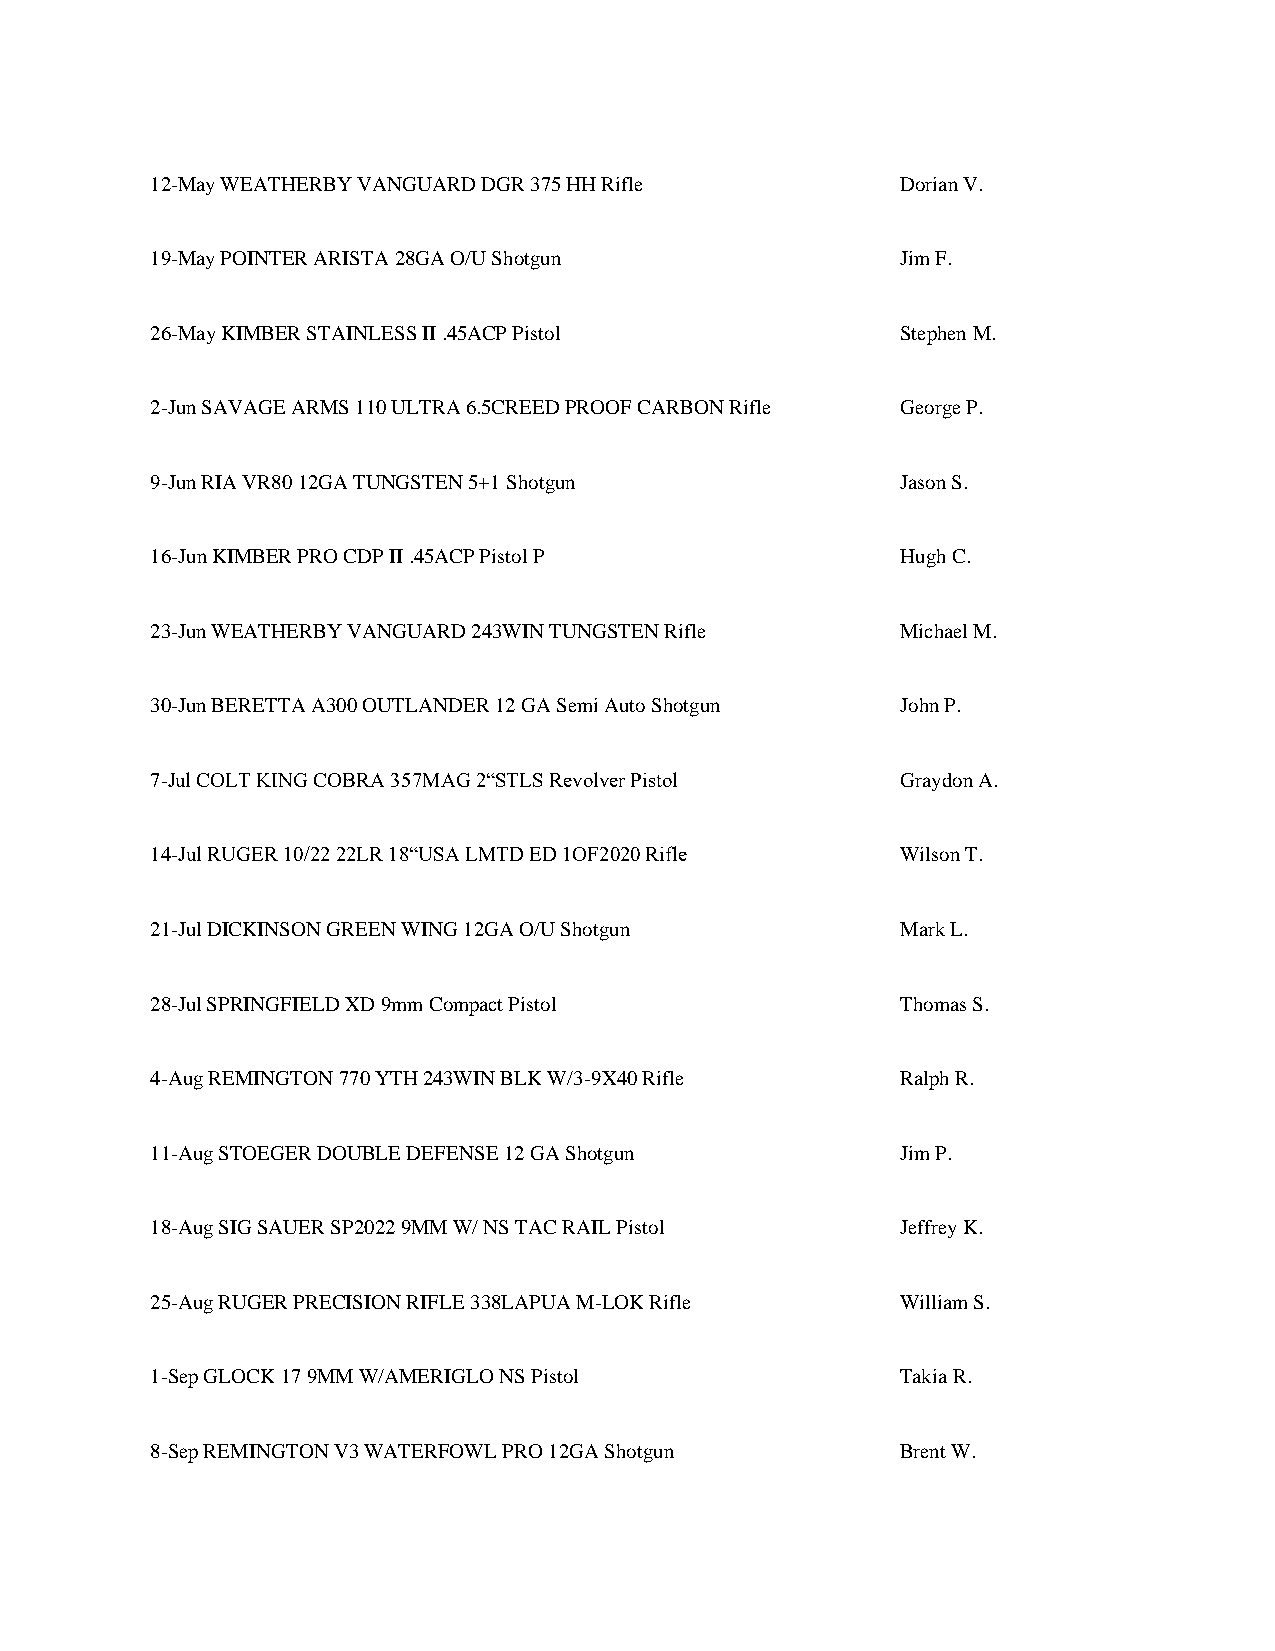
12-May WEATHERBY VANGUARD DGR 375 HH Rifle        Dorian V.
 19-May POINTER ARISTA 28GA O/U Shotgun            Jim F.
 26-May KIMBER STAINLESS II .45ACP Pistol          Stephen M.
 2-Jun SAVAGE ARMS 110 ULTRA 6.5CREED PROOF CARBON Rifle George P.
 9-Jun RIA VR80 12GA TUNGSTEN 5+1 Shotgun          Jason S.
 16-Jun KIMBER PRO CDP II .45ACP Pistol P          Hugh C.
 23-Jun WEATHERBY VANGUARD 243WIN TUNGSTEN Rifle   Michael M.
 30-Jun BERETTA A300 OUTLANDER 12 GA Semi Auto Shotgun John P.
 7-Jul COLT KING COBRA 357MAG 2“STLS Revolver Pistol Graydon A.
 14-Jul RUGER 10/22 22LR 18“USA LMTD ED 1OF2020 Rifle Wilson T.
 21-Jul DICKINSON GREEN WING 12GA O/U Shotgun      Mark L.
 28-Jul SPRINGFIELD XD 9mm Compact Pistol          Thomas S.
 4-Aug REMINGTON 770 YTH 243WIN BLK W/3-9X40 Rifle Ralph R.
 11-Aug STOEGER DOUBLE DEFENSE 12 GA Shotgun       Jim P.
 18-Aug SIG SAUER SP2022 9MM W/ NS TAC RAIL Pistol Jeffrey K.
 25-Aug RUGER PRECISION RIFLE 338LAPUA M-LOK Rifle William S.
 1-Sep GLOCK 17 9MM W/AMERIGLO NS Pistol           Takia R.
 8-Sep REMINGTON V3 WATERFOWL PRO 12GA Shotgun     Brent W.